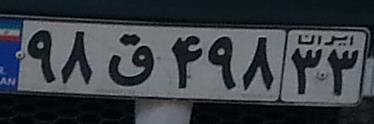
۹۸ق۴۹۸۳۳